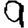
Digit: 9